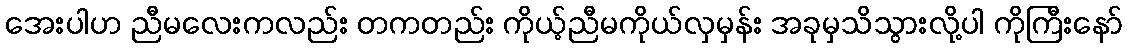
အေးပါဟ ညီမလေးကလည်း တကတည်း ကိုယ့်ညီမကိုယ်လှမှန်း အခုမှသိသွားလို့ပါ ကိုကြီးနော်